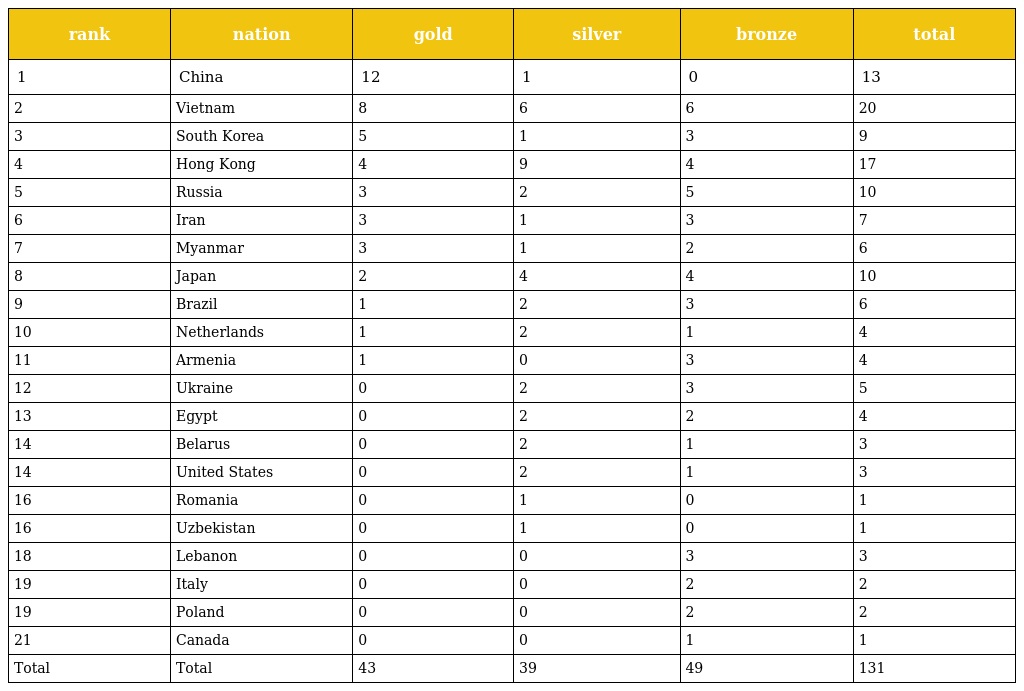
| rank | nation | gold | silver | bronze | total |
 | --- | --- | --- | --- | --- | --- |
 | 1 | China | 12 | 1 | 0 | 13 |
 | 2 | Vietnam | 8 | 6 | 6 | 20 |
 | 3 | South Korea | 5 | 1 | 3 | 9 |
 | 4 | Hong Kong | 4 | 9 | 4 | 17 |
 | 5 | Russia | 3 | 2 | 5 | 10 |
 | 6 | Iran | 3 | 1 | 3 | 7 |
 | 7 | Myanmar | 3 | 1 | 2 | 6 |
 | 8 | Japan | 2 | 4 | 4 | 10 |
 | 9 | Brazil | 1 | 2 | 3 | 6 |
 | 10 | Netherlands | 1 | 2 | 1 | 4 |
 | 11 | Armenia | 1 | 0 | 3 | 4 |
 | 12 | Ukraine | 0 | 2 | 3 | 5 |
 | 13 | Egypt | 0 | 2 | 2 | 4 |
 | 14 | Belarus | 0 | 2 | 1 | 3 |
 | 14 | United States | 0 | 2 | 1 | 3 |
 | 16 | Romania | 0 | 1 | 0 | 1 |
 | 16 | Uzbekistan | 0 | 1 | 0 | 1 |
 | 18 | Lebanon | 0 | 0 | 3 | 3 |
 | 19 | Italy | 0 | 0 | 2 | 2 |
 | 19 | Poland | 0 | 0 | 2 | 2 |
 | 21 | Canada | 0 | 0 | 1 | 1 |
 | Total | Total | 43 | 39 | 49 | 131 |